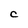
Character: c